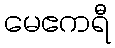
မေဧကရီ